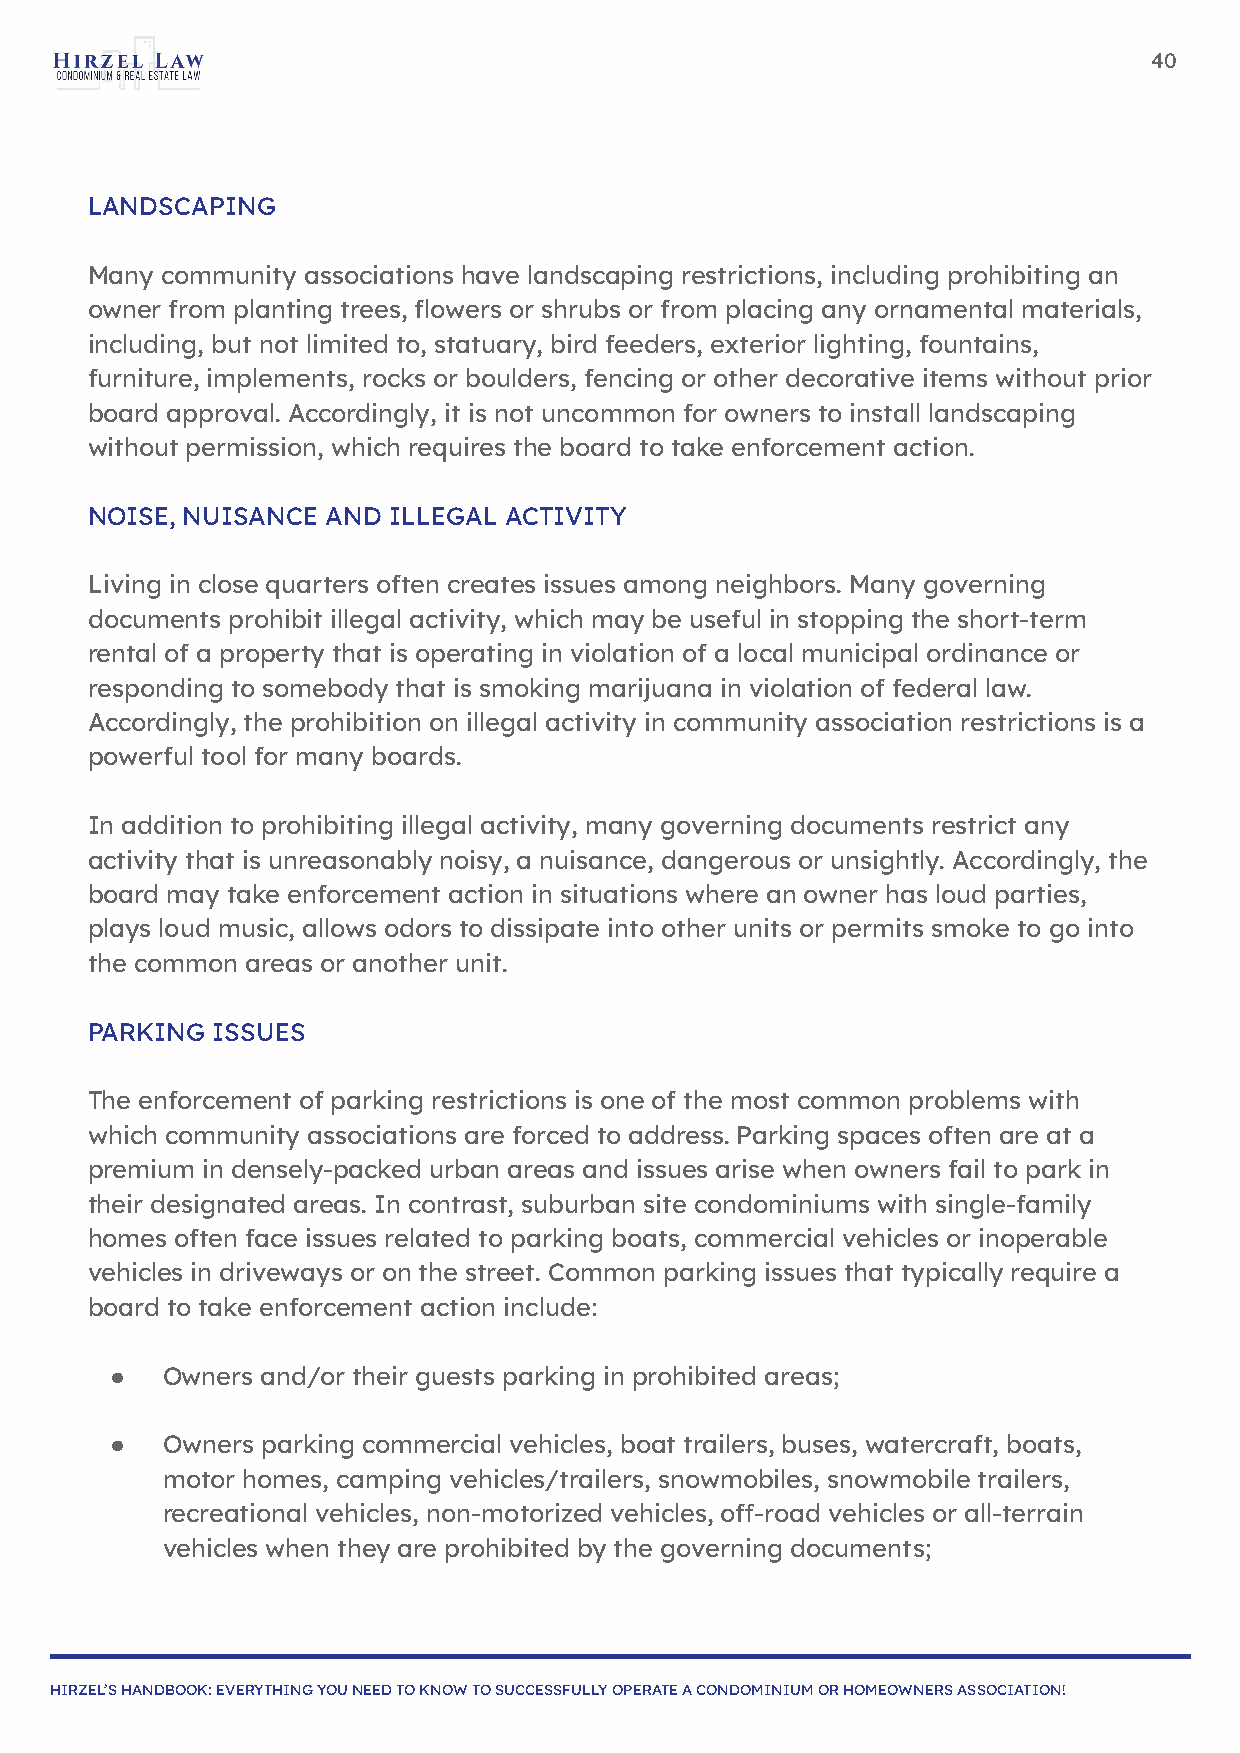
40
 LANDSCAPING
 Many community associations have landscaping restrictions, including prohibiting an
 owner from planting trees, flowers or shrubs or from placing any ornamental materials,
 including, but not limited to, statuary, bird feeders, exterior lighting, fountains,
 furniture, implements, rocks or boulders, fencing or other decorative items without prior
 board approval. Accordingly, it is not uncommon for owners to install landscaping
 without permission, which requires the board to take enforcement action.
 NOISE, NUISANCE AND ILLEGAL ACTIVITY
 Living in close quarters often creates issues among neighbors. Many governing
 documents prohibit illegal activity, which may be useful in stopping the short-term
 rental of a property that is operating in violation of a local municipal ordinance or
 responding to somebody that is smoking marijuana in violation of federal law.
 Accordingly, the prohibition on illegal activity in community association restrictions is a
 powerful tool for many boards.
 In addition to prohibiting illegal activity, many governing documents restrict any
 activity that is unreasonably noisy, a nuisance, dangerous or unsightly. Accordingly, the
 board may take enforcement action in situations where an owner has loud parties,
 plays loud music, allows odors to dissipate into other units or permits smoke to go into
 the common areas or another unit.
 PARKING ISSUES
 The enforcement of parking restrictions is one of the most common problems with
 which community associations are forced to address. Parking spaces often are at a
 premium in densely-packed urban areas and issues arise when owners fail to park in
 their designated areas. In contrast, suburban site condominiums with single-family
 homes often face issues related to parking boats, commercial vehicles or inoperable
 vehicles in driveways or on the street. Common parking issues that typically require a
 board to take enforcement action include:
 ●   Owners and/or their guests parking in prohibited areas;
 ●   Owners parking commercial vehicles, boat trailers, buses, watercraft, boats,
 motor homes, camping vehicles/trailers, snowmobiles, snowmobile trailers,
 recreational vehicles, non-motorized vehicles, off-road vehicles or all-terrain
 vehicles when they are prohibited by the governing documents;
 HIRZEL’S HANDBOOK: EVERYTHING YOU NEED TO KNOW TO SUCCESSFULLY OPERATE A CONDOMINIUM OR HOMEOWNERS ASSOCIATION!